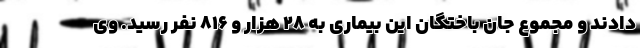
دادند و مجموع جان باختگان این بیماری به ۲۸ هزار و ۸۱۶ نفر رسید. وی